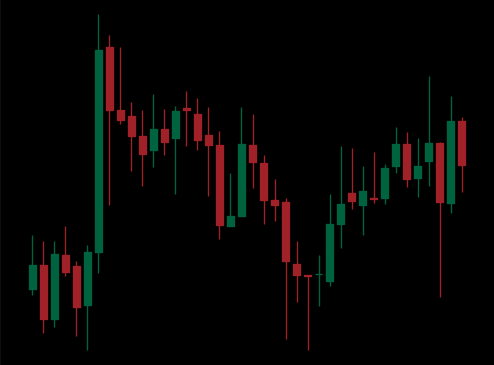
Pattern: unclassified